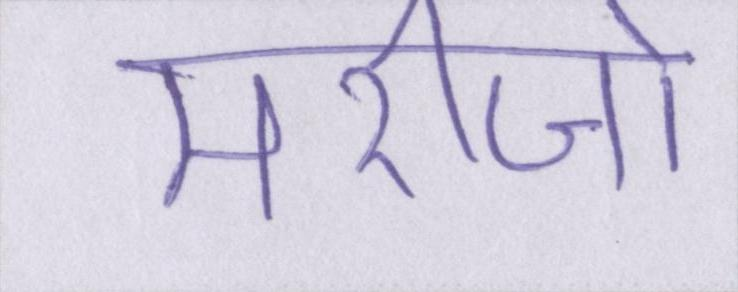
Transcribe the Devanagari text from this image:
मरीजो